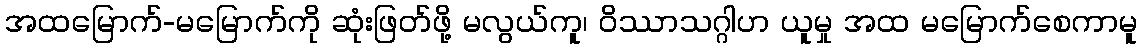
အထမြောက်-မမြောက်ကို ဆုံးဖြတ်ဖို့ မလွယ်ကူ၊ ဝိဿာသဂ္ဂါဟ ယူမှု အထ မမြောက်စေကာမူ